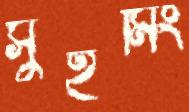
সুইমিং